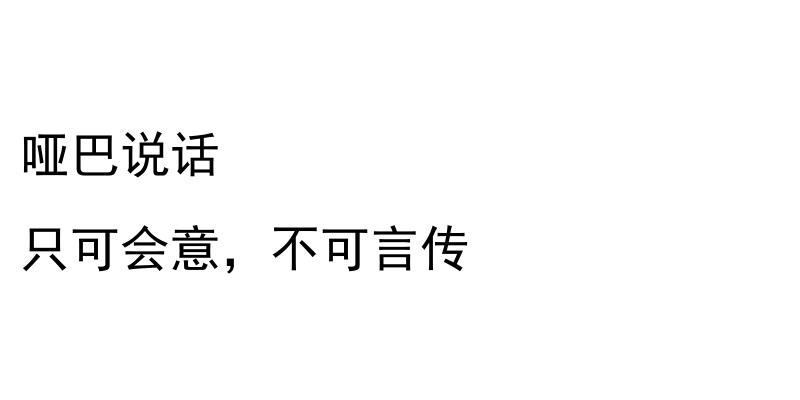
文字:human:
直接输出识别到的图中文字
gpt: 哑巴说话 只可会意，不可言传